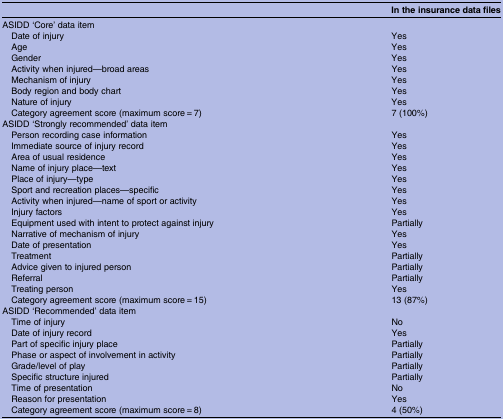
<table><thead><tr><td></td><td><b>In the insurance data files</b></td></tr></thead><tbody><tr><td colspan="2">ASIDD ‘Core’ data item</td></tr><tr><td> Date of injury</td><td>Yes</td></tr><tr><td> Age</td><td>Yes</td></tr><tr><td> Gender</td><td>Yes</td></tr><tr><td> Activity when injured—broad areas</td><td>Yes</td></tr><tr><td> Mechanism of injury</td><td>Yes</td></tr><tr><td> Body region and body chart</td><td>Yes</td></tr><tr><td> Nature of injury</td><td>Yes</td></tr><tr><td> Category agreement score (maximum score = 7)</td><td>7 (100%)</td></tr><tr><td colspan="2">ASIDD ‘Strongly recommended’ data item</td></tr><tr><td> Person recording case information</td><td>Yes</td></tr><tr><td> Immediate source of injury record</td><td>Yes</td></tr><tr><td> Area of usual residence</td><td>Yes</td></tr><tr><td> Name of injury place—text</td><td>Yes</td></tr><tr><td> Place of injury—type</td><td>Yes</td></tr><tr><td> Sport and recreation places—specific</td><td>Yes</td></tr><tr><td> Activity when injured—name of sport or activity</td><td>Yes</td></tr><tr><td> Injury factors</td><td>Yes</td></tr><tr><td> Equipment used with intent to protect against injury</td><td>Partially</td></tr><tr><td> Narrative of mechanism of injury</td><td>Yes</td></tr><tr><td> Date of presentation</td><td>Yes</td></tr><tr><td> Treatment</td><td>Partially</td></tr><tr><td> Advice given to injured person</td><td>Partially</td></tr><tr><td> Referral</td><td>Partially</td></tr><tr><td> Treating person</td><td>Yes</td></tr><tr><td> Category agreement score (maximum score = 15)</td><td>13 (87%)</td></tr><tr><td colspan="2">ASIDD ‘Recommended’ data item</td></tr><tr><td> Time of injury</td><td>No</td></tr><tr><td> Date of injury record</td><td>Yes</td></tr><tr><td> Part of specific injury place</td><td>Partially</td></tr><tr><td> Phase or aspect of involvement in activity</td><td>Partially</td></tr><tr><td> Grade/level of play</td><td>Partially</td></tr><tr><td> Specific structure injured</td><td>Partially</td></tr><tr><td> Time of presentation</td><td>No</td></tr><tr><td> Reason for presentation</td><td>Yes</td></tr><tr><td> Category agreement score (maximum score = 8)</td><td>4 (50%)</td></tr></tbody></table>